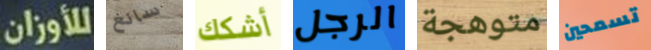
للأوزان سانغ أشكك الرجل متوهجة تسمحين